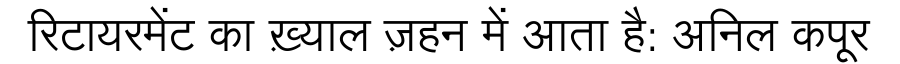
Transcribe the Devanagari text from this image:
रिटायरमेंट का ख़्याल ज़हन में आता है: अनिल कपूर